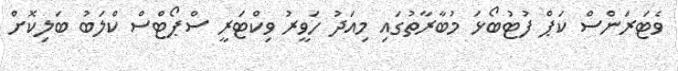
ވެޓަރަންސް ކަޕް ފުޓުބޯޅަ މުބާރާތުގައި މިއަދު ހަވީރު ވިކްޓަރީ ސްޕޯޓްސް ކްލަބު ބަލިކޮށް